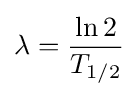
\lambda ={\frac {\ln 2}{T_{1/2}}}